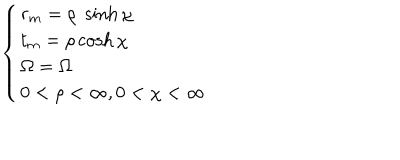
\left\{ \begin{array} { l l l } { { r _ { m } = \rho \; \sinh \chi } } & { { } } \\ { { t _ { m } = \rho \cosh \chi } } & { { } } \\ { { \Omega = \Omega } } & { { } } \\ { { 0 < \rho < \infty , 0 < \chi < \infty } } \\ \end{array} \right.